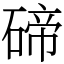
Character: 碲